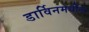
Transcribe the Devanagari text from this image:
डार्विनमधील